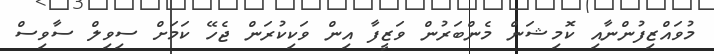
މުވައްޒިފުންނާއި ކޮމިޝަން މެންބަރުން ވަޒީފާ އިން ވަކިކުރަން ޖެހޭ ކަމަށް ސިވިލް ސާވިސް